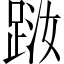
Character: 𨀾